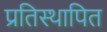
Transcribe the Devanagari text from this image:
प्रतिस्थापित